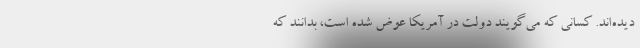
دیده‌اند. کسانی که می‌گویند دولت در آمریکا عوض شده است، بدانند که